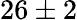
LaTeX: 26\pm 2